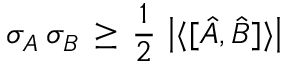
\sigma _ { A } \, \sigma _ { B } \, \geq \, { \frac { 1 } { 2 } } \, \left| \langle [ { \hat { A } } , { \hat { B } } ] \rangle \right|